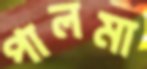
পালমা